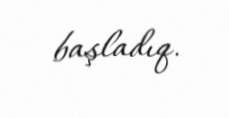
başladıq.